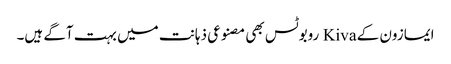
ایمازون کے Kiva روبوٹس بھی مصنوعی ذہانت میں بہت آگے ہیں۔